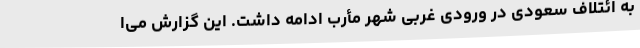
به ائتلاف سعودی در ورودی غربی شهر مأرب ادامه داشت. این گزارش می‌ا